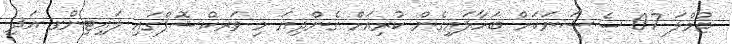
ޖުމްލަ 07 ސެޝަނަކަށް ބަހާލައިގެން ކުރިއަށް ގެންދިޔަ މި ވަރކްޝޮޕްގައި ލައިޓިންގ އަދި